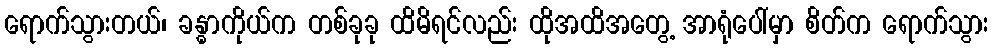
ရောက်သွားတယ်၊ ခန္ဓာကိုယ်က တစ်ခုခု ထိမိရင်လည်း ထိုအထိအတွေ့ အာရုံပေါ်မှာ စိတ်က ရောက်သွား